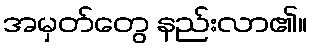
အမှတ်တွေ နည်းလာ၏။